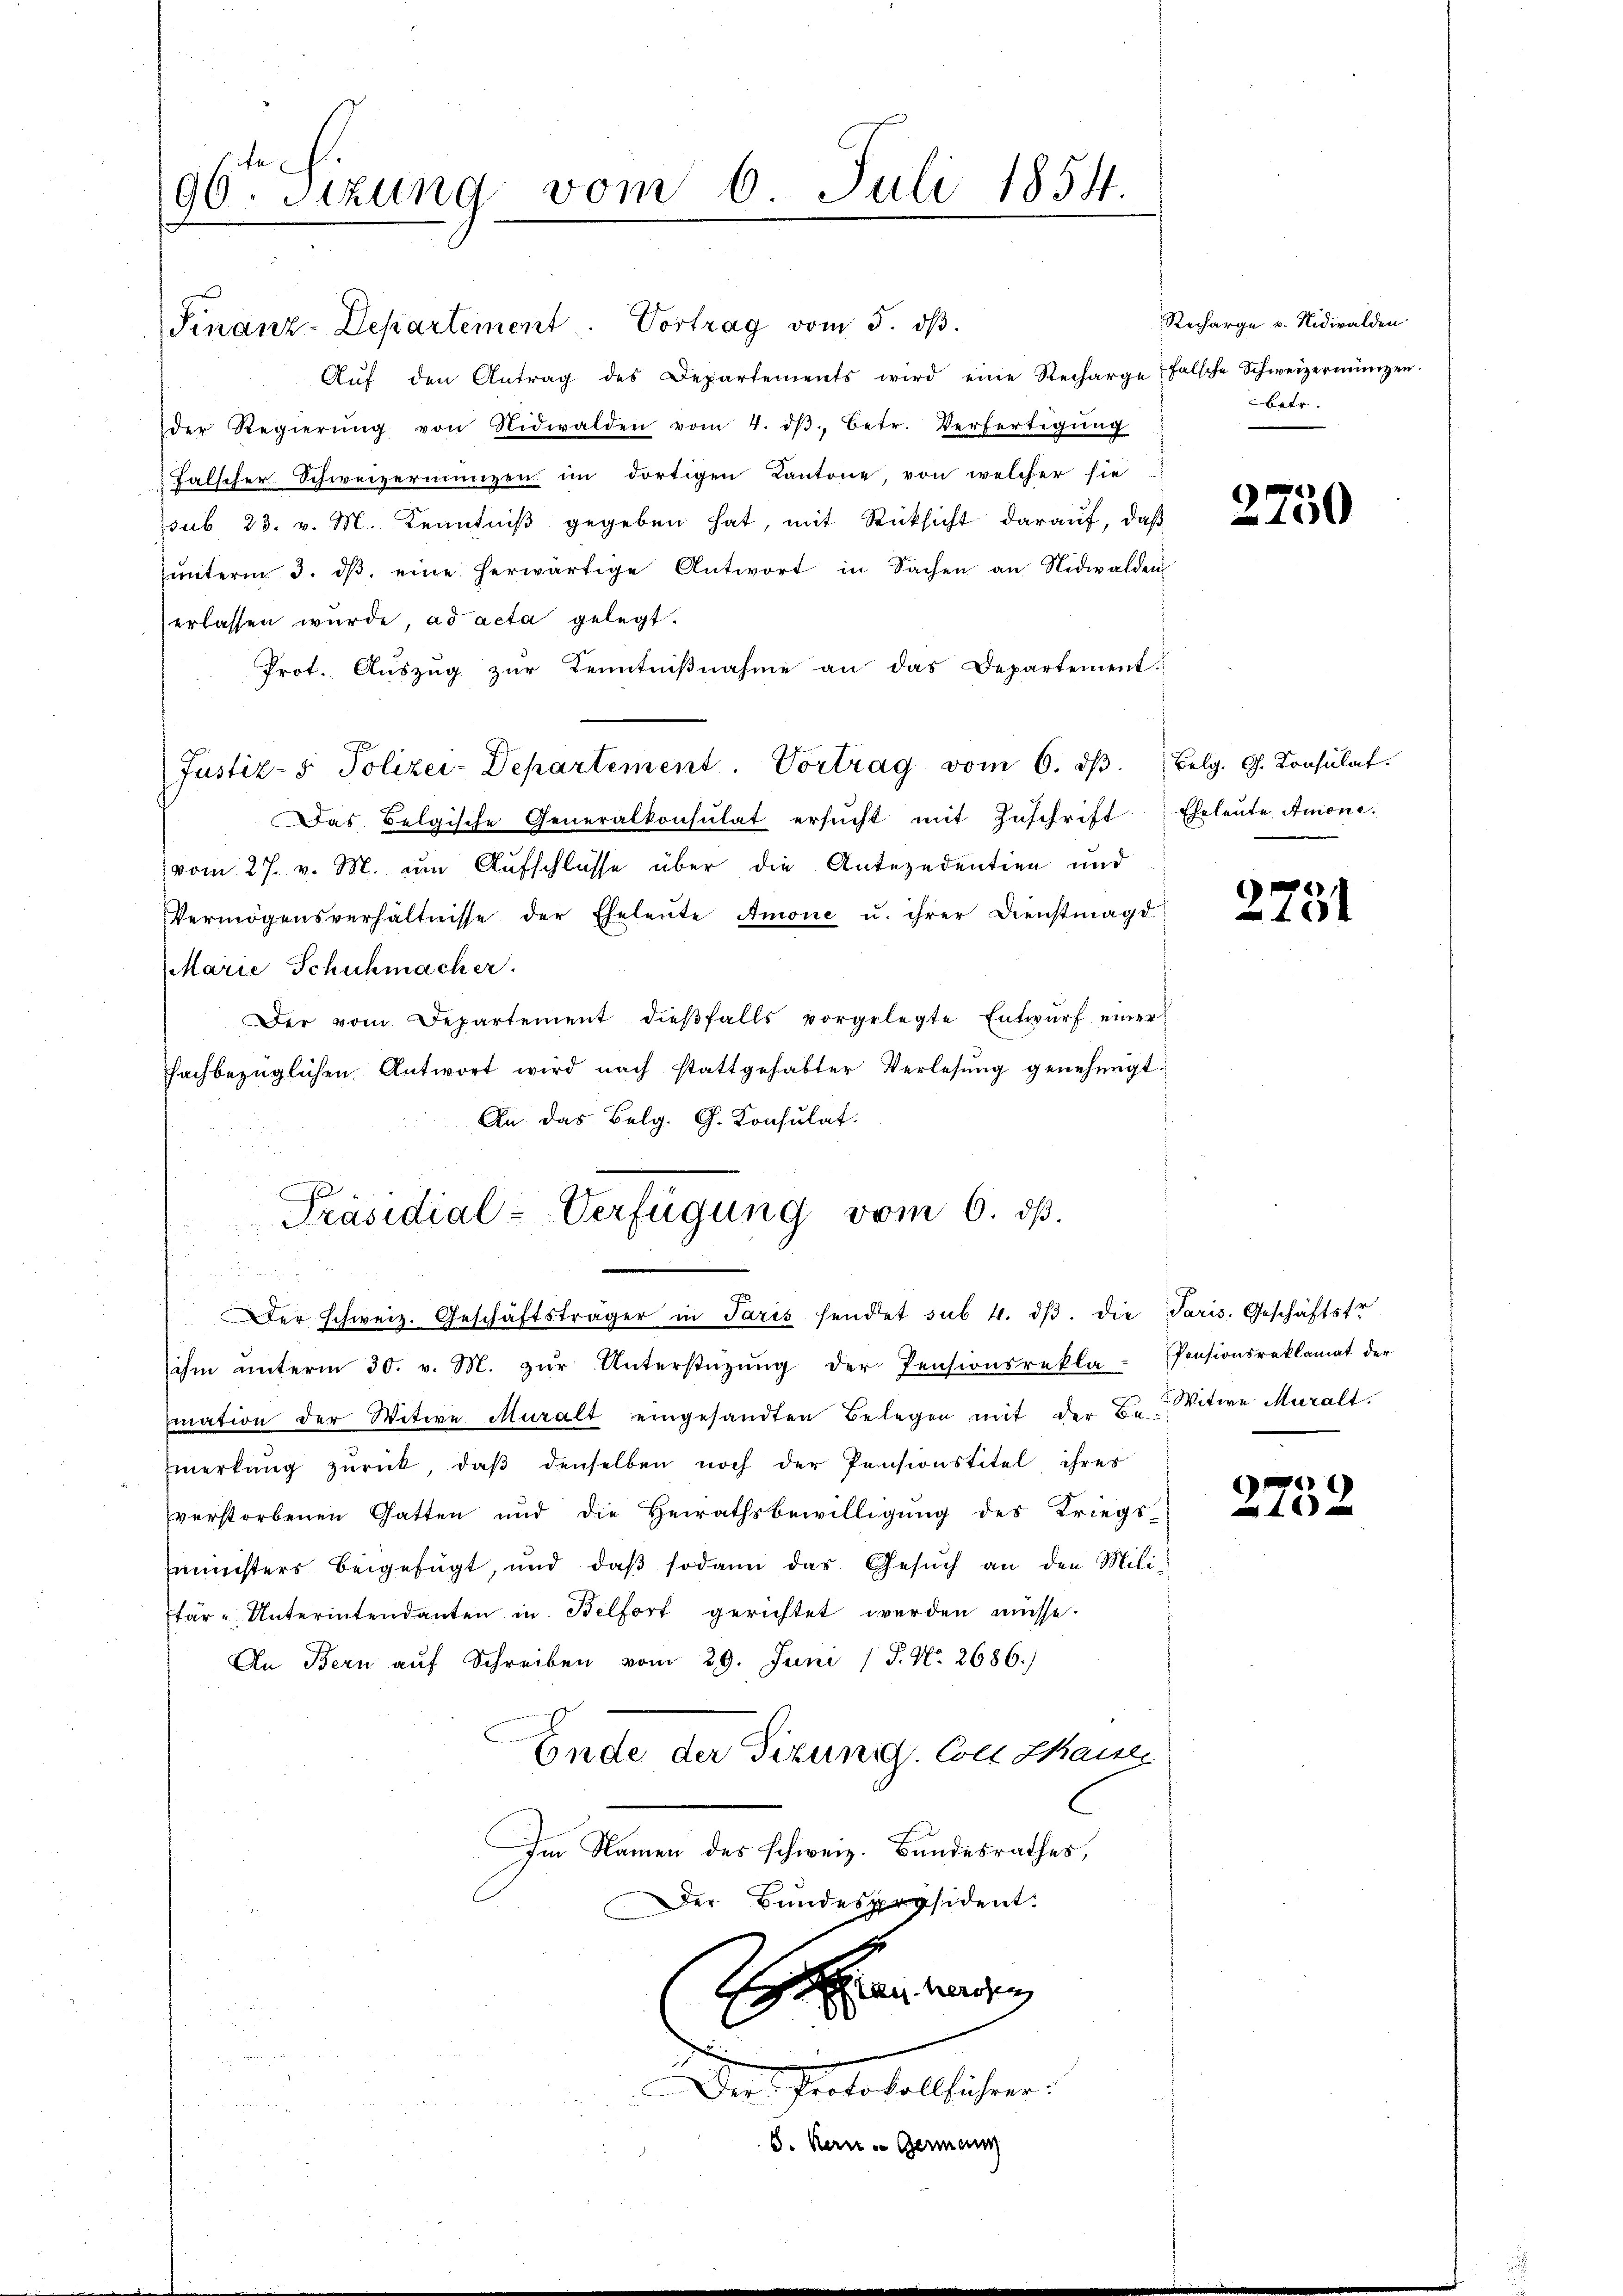
96r Sizung vom 6. Juli 1854.

Finanz-Departement. Vortrag vom 5. dβ.
Aŭf den Antrag des Departements wird eine Recharge falsche Schweizermünzen.
der Regierŭng von Nidwalden vom 4. dβ. Betr. Verfertigŭng
Falscher Schweizermangen im dortigen Kantone, von welcher sie
psub 23. v. M. Kenntniß gegeben hat, mit Rücksicht darauf, daß
ŭnterm 3. dβ eine herwärtige Antwort in Sachen an Nidwalden
erlassen wurde, ad acta gelegt.
Prot. Aŭszŭg zŭr Kenntniβnahme an das Departement.
Justiz- & Polizei-Departement. Vortrag vom 6. dβ. Belg. G. Consulat
Das Belgische Generalkonsulat ersŭcht mit Zŭschrift Eheleute Anione.
vom 27. v. M. um Aufschlüsse über die Antezedentien und
Vermögensverhältnisse der Eheleute Amone u. ihrer Dienstmagd
Marie Schuhmacher
Der vom Departement dieβfalls vorgelegte Entwŭrf einer
achbezüglichen Antwort wird nach stattgehabter Verlesung genehmigt.
An. das Belg. G. Konsulat.
Präsidial-Verfügung vom 6. ds.
Der Schweiz. Geschäftsträger in Paris sendet sub 4. dβ. die Paris. Geschäftstr
ihm ŭnterm 30. v. M. zŭr Unterstützŭng der Pensionsrekla-Pensionsreklamat der
emation der Witwe Muralt eingesandten Belegen mit der Be-
merkung zurück, daβ denselben noch der Pensionstitel ihres
verstorbenen Gatten und die Heirathsbewilligung des Kriegs-
Zministers beigefügt, und daβ sodann das Gesŭch an den Mili¬
Etar-Unterintendanten in Belfort gerichtet werden müsse.
An Bern auf Schreiben vom 29. Juni / P. Nr. 2686.)
Ende der Sizuni. Coll Kant
C
Im Namen des schweiz. Bandesrathes,
Der Bundespräsident.

Der Protokollführer:
B. Kern Germann

Recharge v. Nidwalden
betr.

2750

¬
131

Witwe Muralt.

)
40